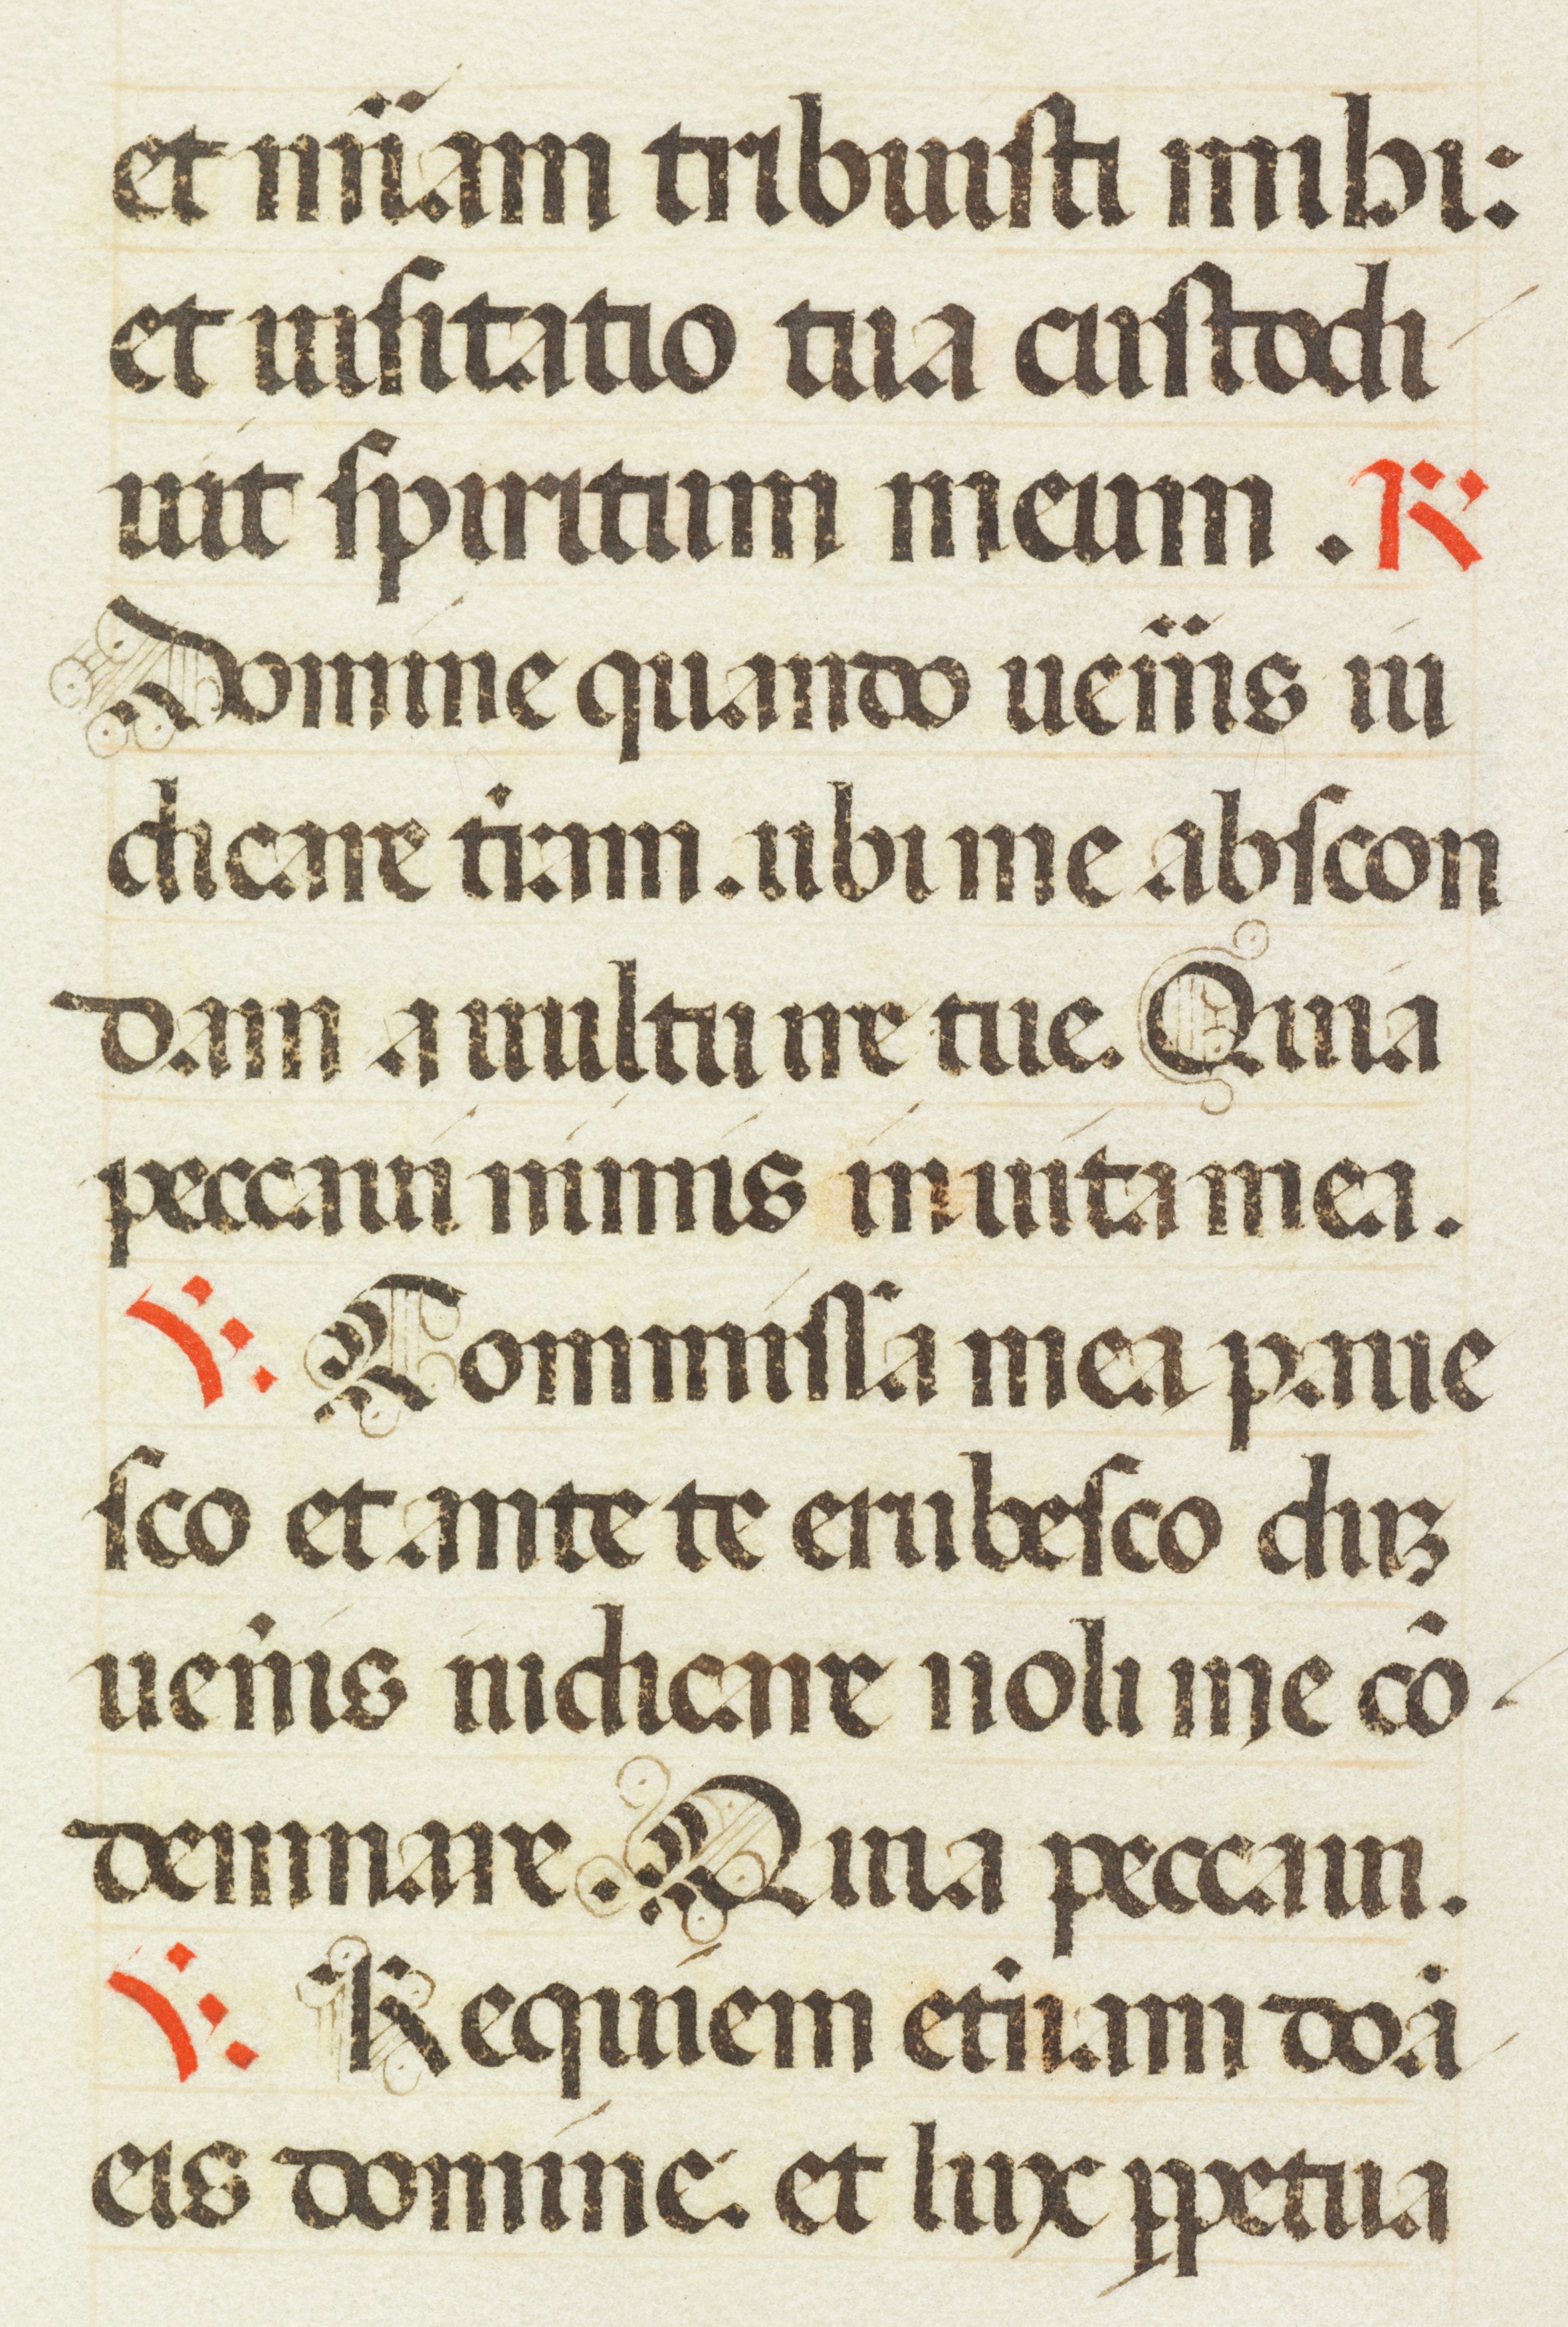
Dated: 1470–1475